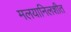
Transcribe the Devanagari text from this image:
मलयानिलशीत